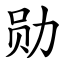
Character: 勋